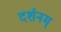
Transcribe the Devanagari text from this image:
दर्शनम्‌